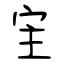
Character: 宔